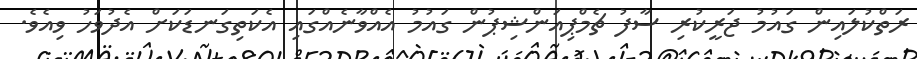
ރަތްކުލައިން ގައުމު ޖަރީކުރި ސާފު ޗެމްޕިއަންޝިޕުން ގައުމު އެއްވާނެއްގައި އެކަތިގަނޑަކަށް އެދުވަހު ވިއެވެ.